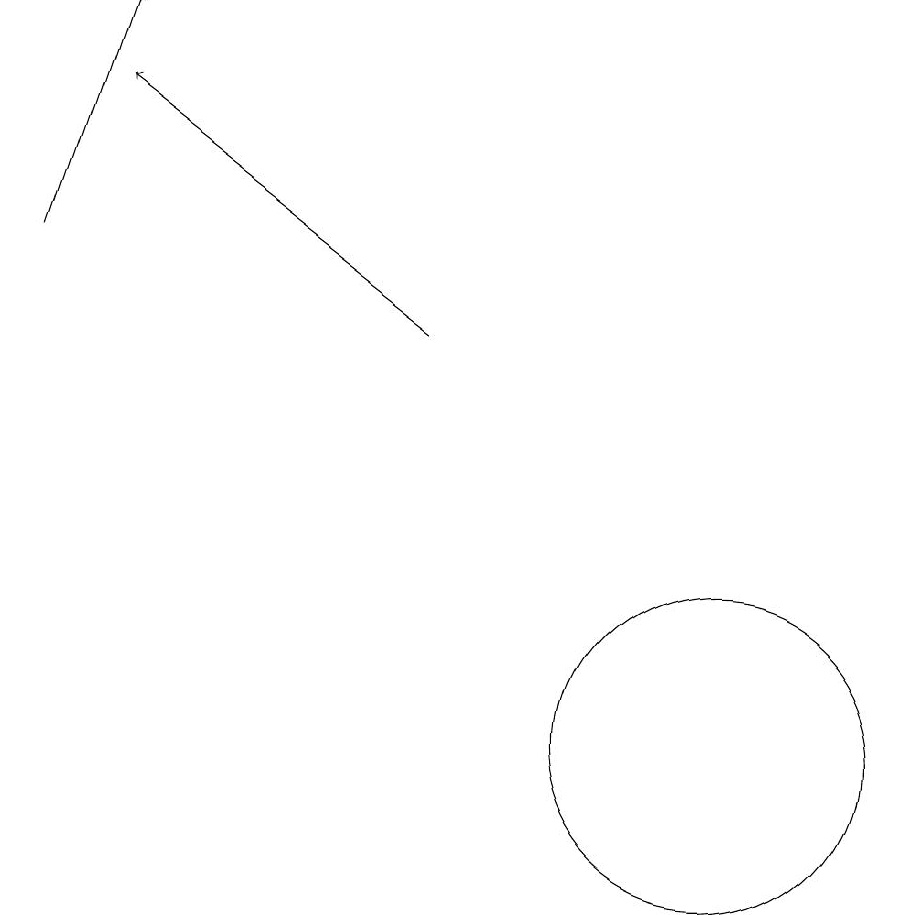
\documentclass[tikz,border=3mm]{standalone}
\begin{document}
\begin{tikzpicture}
\draw[->] (3,16) -- (4,19);
\draw (12,10) circle (2);
\draw[->] (8,15) -- (4,18);
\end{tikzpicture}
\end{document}